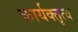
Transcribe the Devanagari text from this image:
कार्यक्तृत्व